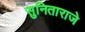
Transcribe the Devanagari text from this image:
सुनिताराजे